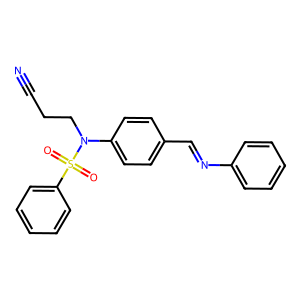
SMILES: N#CCCN(c1ccc(C=Nc2ccccc2)cc1)S(=O)(=O)c1ccccc1
Inhibits HIV replication: No